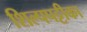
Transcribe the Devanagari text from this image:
शिल्पपट्टीका